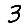
Digit: 3